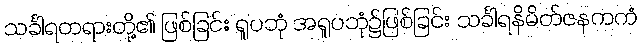
သင်္ခါရတရားတို့၏ ဖြစ်ခြင်း ရူပဘုံ အရူပဘုံ၌ဖြစ်ခြင်း သင်္ခါရနိမိတ်ဇနကကံ